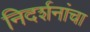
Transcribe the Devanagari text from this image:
निदर्शनांचा